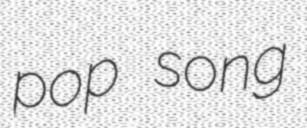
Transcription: pop song